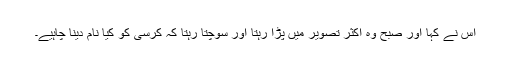
اس نے کہا اور صبح وہ اکثر تصویر میں پڑا رہتا اور سوچتا رہتا کہ کرسی کو کیا نام دینا چاہیے۔